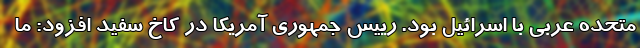
متحده عربی با اسرائیل بود. رییس جمهوری آمریکا در کاخ سفید افزود: ما